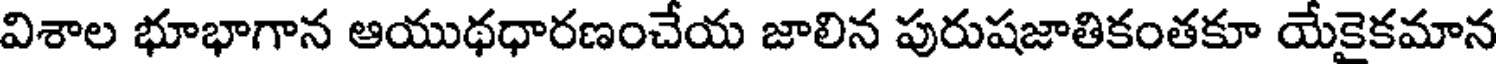
విశాల భూభాగాన ఆయుథధారణంచేయ జాలిన పురుషజాతికంతకూ యేకైకమాన